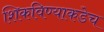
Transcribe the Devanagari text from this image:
शिकविण्याकडेच